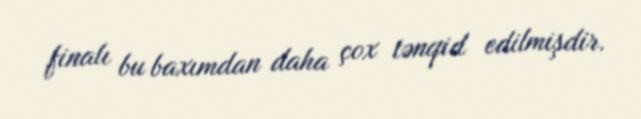
finalı bu baxımdan daha çox tənqid edilmişdir.